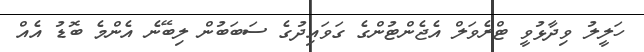
ހަލީލު ވިދާޅުވީ ޓްރެވަލް އެޖެންޓުންގެ ގަވައިދުގެ ސަބަބުން ލިބޭނެ އެންމެ ބޮޑު އެއް